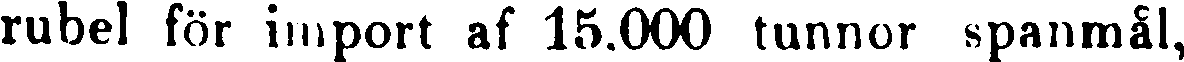
rubel för import af 15.000 tunnor spanmål,